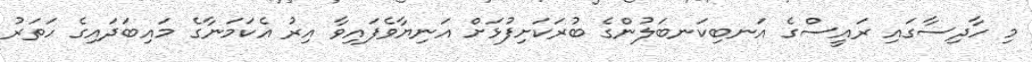
މި ހާދިސާގައި ރައީސްގެ އަނބިކަނބަލުންގެ ބުރަކަށިފުޅަށް އަނިޔާވެފައިވާ އިރު އެކަމަނާގެ މައިބަދައިގެ ހަތަރު